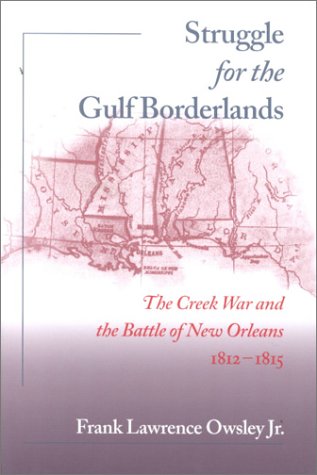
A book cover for Struggle for the Gulf Borderlands: The Creek War and the Battle of New Orleans, 1812-1815; Frank L. Owsley Jr; History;